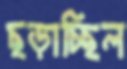
ছড়াচ্ছিল